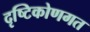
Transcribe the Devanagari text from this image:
दृष्टिकोणगत